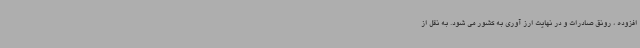
افزوده ، رونق صادرات و در نهایت ارز آوری به کشور می شود. به نقل از